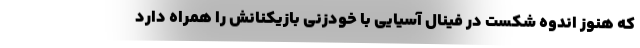
که هنوز اندوه شکست در فینال آسیایی با خودزنی بازیکنانش را همراه دارد